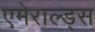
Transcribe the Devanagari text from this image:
एमेराल्ड्स